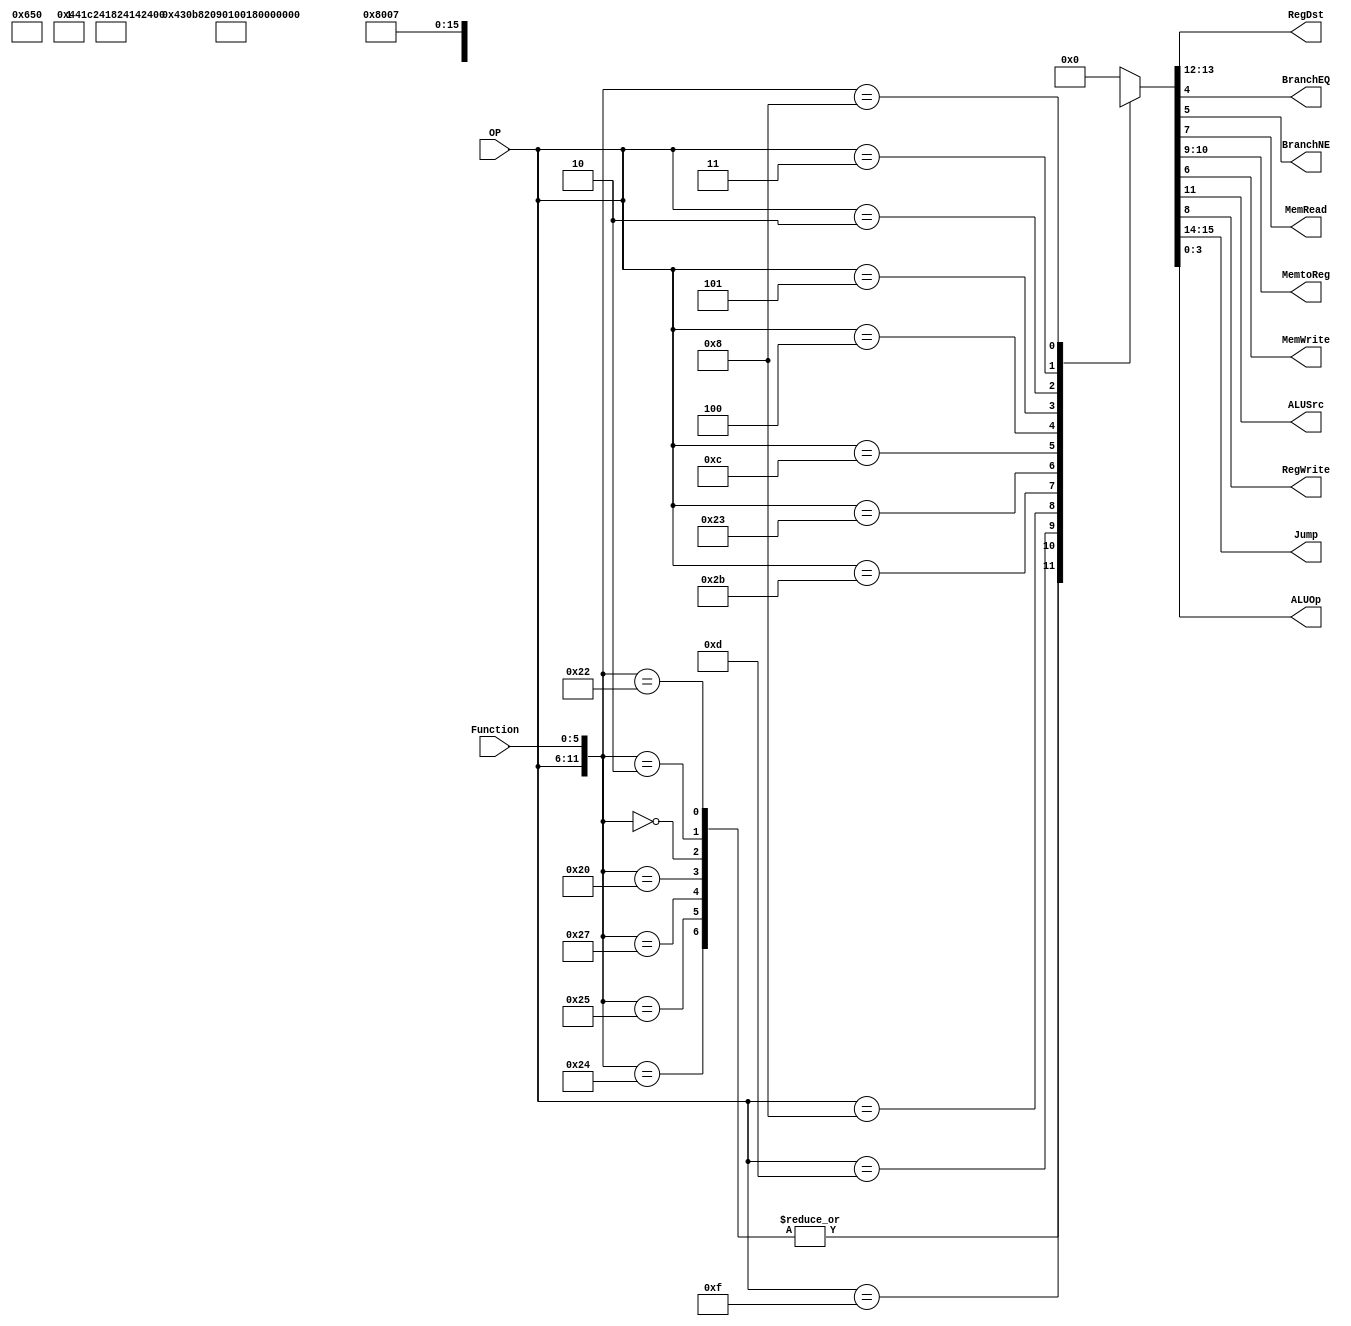
/******************************************************************
* Description
*	This is control unit for the MIPS processor. The control unit is 
*	in charge of generation of the control signals. Its only input 
*	corresponds to opcode from the instruction.
*	1.0
* Author:
*	Dr. Jos Luis Pizano Escalante
* email:
*	luispizano@iteso.mx
* Date:
*	01/03/2014
******************************************************************/
module Control
(
	input [5:0]OP,
	input [5:0]Function,//JR
	
	output [1:0]RegDst,
	output BranchEQ,
	output BranchNE,
	output MemRead,
	output [1:0]MemtoReg,
	output MemWrite,
	output ALUSrc,
	output RegWrite,
	output [1:0]Jump,
	output [3:0]ALUOp
);
localparam R_Type_AND = 12'b000000_100100;//0,
localparam R_Type_OR = 12'b000000_100101;//0,
localparam R_Type_NOR = 12'b000000_100111;//0,
localparam R_Type_ADD = 12'b000000_100000;//0
localparam R_Type_SLL = 12'b000000_000000;//0,
localparam R_Type_SRL = 12'b000000_000010;//0,
localparam R_Type_SUB = 12'b000000_100010;//0,
localparam R_Type_JR = 12'b000000_001000;//0,8
localparam I_Type_ADDI = 12'b001000_xxxxxx;//8,x
localparam I_Type_ORI = 12'b001101_xxxxxx;//d,x
localparam I_Type_LUI = 12'b001111_xxxxxx;//f,x
localparam I_Type_ANDI= 12'b001100_xxxxxx;//c,x
localparam I_Type_LW  = 12'b100011_xxxxxx;//23,x
localparam I_Type_SW	 = 12'b101011_xxxxxx;//2b,x
localparam BEQ = 12'b000100_xxxxxx;//4,x
localparam BNE = 12'b000101_xxxxxx;//5,x
localparam J = 12'b000010_xxxxxx;//2,x
localparam JAL = 12'b000011_xxxxxx;//3,x

wire [11:0] Selector;
reg [15:0] ControlValues;
assign Selector={OP,Function};

always@(Selector) begin
	casex(Selector)
		R_Type_AND:       ControlValues= 16'b00_01_0_00_1_00_00_0111;
		R_Type_OR:        ControlValues= 16'b00_01_0_00_1_00_00_0111;
		R_Type_NOR:       ControlValues= 16'b00_01_0_00_1_00_00_0111;
		R_Type_ADD:       ControlValues= 16'b00_01_0_00_1_00_00_0111;
		R_Type_SLL:       ControlValues= 16'b00_01_0_00_1_00_00_0111;
		R_Type_SRL:       ControlValues= 16'b00_01_0_00_1_00_00_0111;
		R_Type_SUB:       ControlValues= 16'b00_01_0_00_1_00_00_0111;
		I_Type_LUI:	  ControlValues= 16'b00_00_1_00_1_00_00_0110;
		I_Type_ORI:   ControlValues= 16'b00_00_1_00_1_00_00_0101;
		I_Type_ADDI:  ControlValues= 16'b00_00_1_00_1_00_00_0100;
		I_Type_SW: 	  ControlValues= 16'b00_xx_1_xx_0_01_00_0011;
		I_Type_LW:	  ControlValues= 16'b00_00_1_01_1_10_00_0010;
		I_Type_ANDI:  ControlValues= 16'b00_00_1_00_1_00_00_0001;
		BEQ:  		  ControlValues= 16'b00_00_0_00_0_00_01_1000;
		BNE:			  ControlValues= 16'b00_00_0_00_0_00_10_1001;
		J:				  ControlValues= 16'b01_00_0_00_0_00_00_xxxx;
		JAL:			  ControlValues= 16'b01_10_0_10_1_00_00_xxxx;
		R_Type_JR:	  ControlValues= 16'b10_00_0_00_0_00_00_0111;
		default:
			ControlValues= 16'b0000000000000000;
		endcase
end	


assign Jump = ControlValues[15:14];
assign RegDst = ControlValues[13:12];
assign ALUSrc = ControlValues[11];
assign MemtoReg = ControlValues[10:9];
assign RegWrite = ControlValues[8];
assign MemRead = ControlValues[7];
assign MemWrite = ControlValues[6];
assign BranchNE = ControlValues[5];
assign BranchEQ = ControlValues[4];
assign ALUOp = ControlValues[3:0];	

endmodule